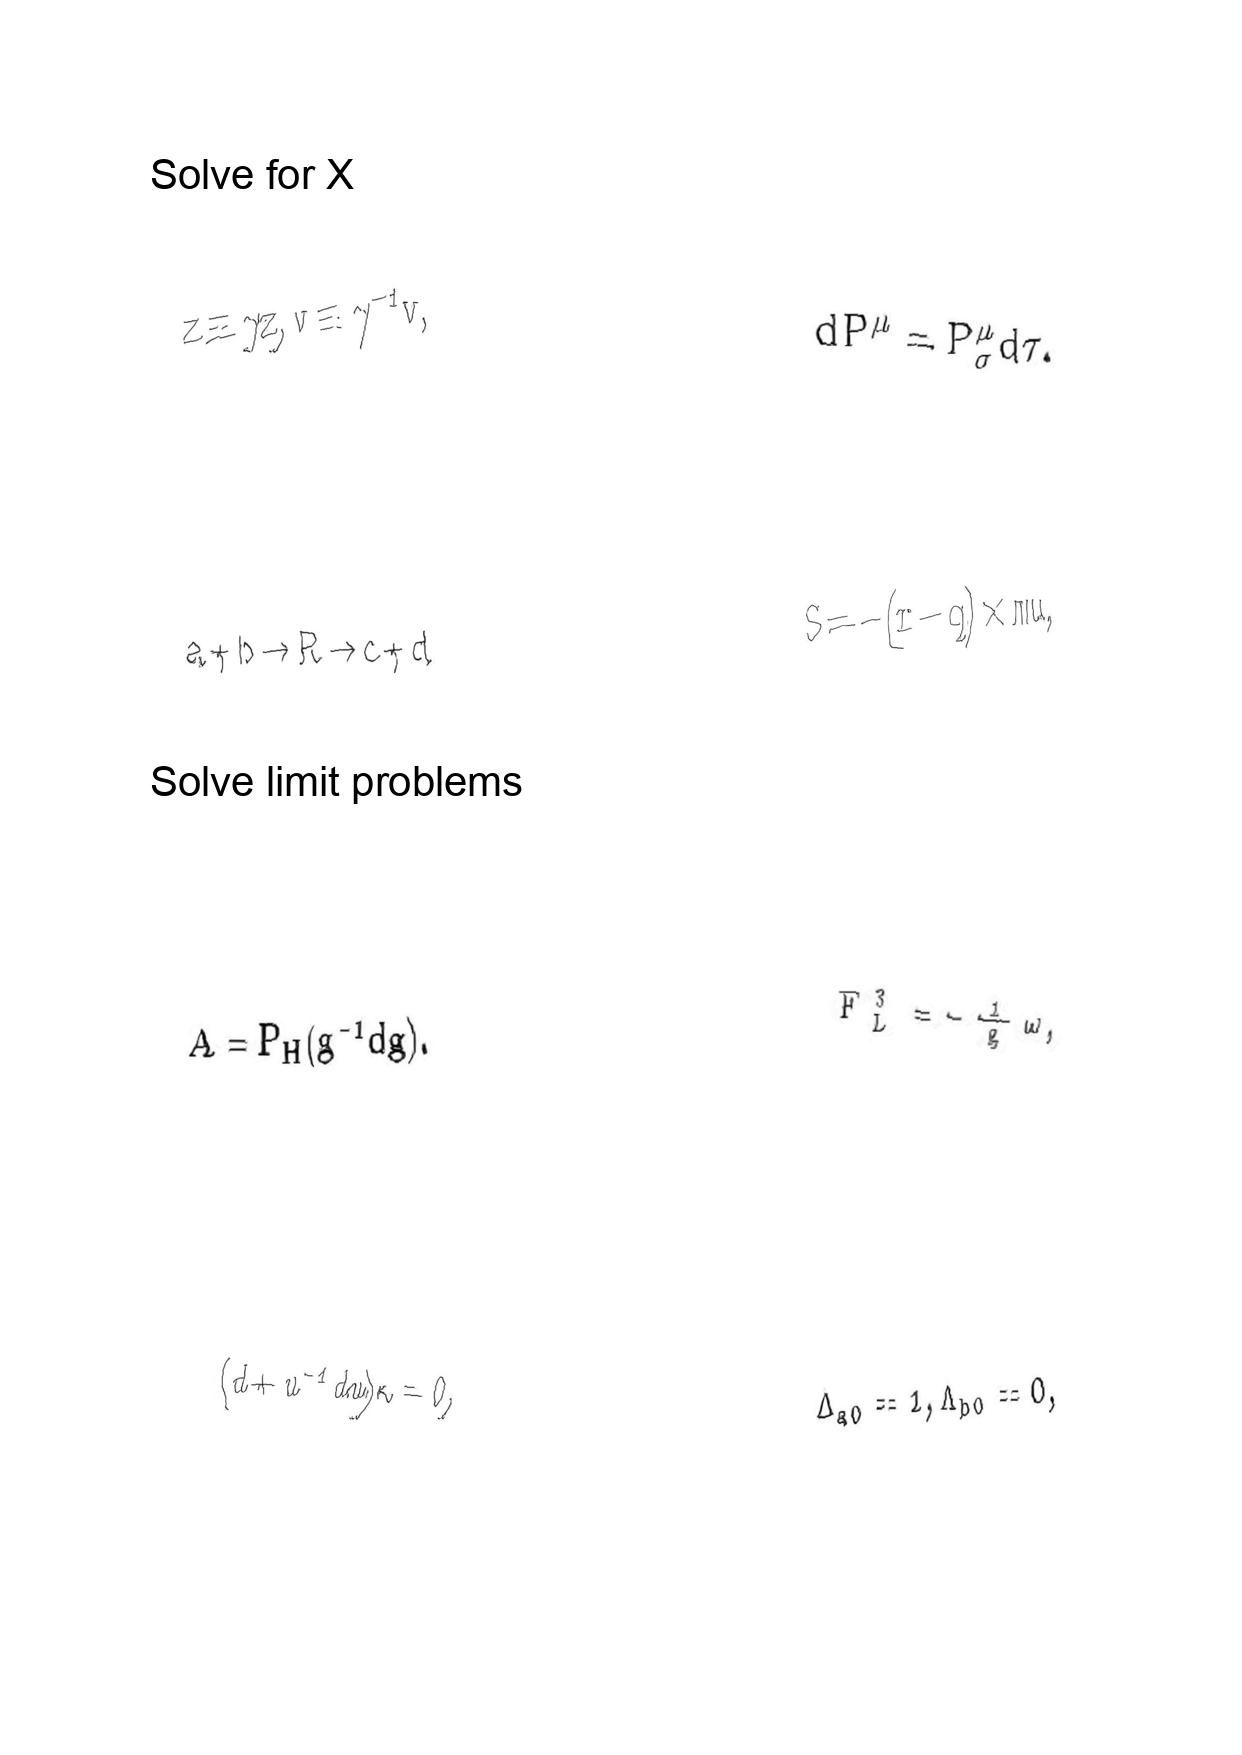
LaTeX transcription:
z \equiv \gamma z , v \equiv \gamma ^ { - 1 } v ,
a + b \rightarrow R \rightarrow c + d
A = P _ { H } \lparen g ^ { - 1 } d g \rparen .
\lparen d + u ^ { - 1 } d u \rparen \kappa = 0 ,
d P ^ { \mu } = P _ { \sigma } ^ { \mu } d \tau .
S = - \lparen r - q \rparen \times m u ,
F _ { L } ^ { 3 } = - \frac { 1 } { g } \omega ,
\Delta _ { a 0 } = 1 , \Lambda _ { b 0 } = 0 ,